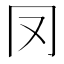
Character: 𠕀